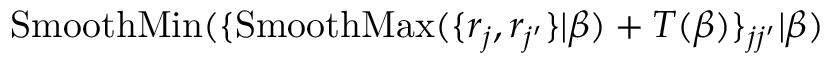
\operatorname { S m o o t h M i n } ( \{ \operatorname { S m o o t h M a x } ( \{ r _ { j } , r _ { j ^ { \prime } } \} | \beta ) + T ( \beta ) \} _ { j j ^ { \prime } } | \beta )